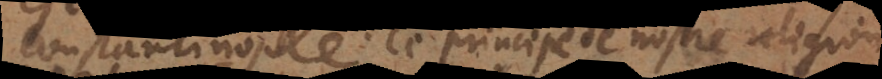
Constantinople. Ce principe de nostre religion